Veterinary [1909] -
Year: 1909
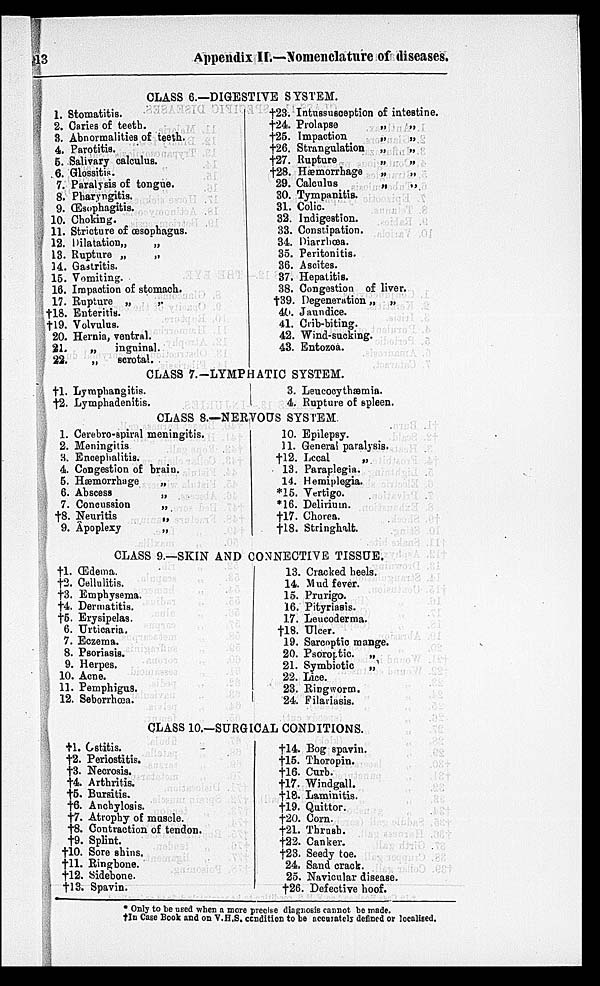
13
Appendix II.—Nomenclature of diseases.
CLASS 6.—DIGESTIVE SYSTEM.
1.
2.
3.
4.
5.
6.
7.
8.
9.
10.
11.
12.
13.
14.
15.
16.
17.
†18.
†19.
20.
21.
22
Stomatitis.
Caries of teeth.
Abnormalities of teeth.
Parotitis.
Salivary calculus.
Glossitis.
Paralysis of tongue.
Pharyngitis.
Œsophagitis.
Choking.
Stricture of oesophagus.
Dilatation„
„
Rupture „
„
Gastritis.
Vomiting.
Impaction of stomach.
Rupture „
„
Enteritis.
Volvulus.
Hernia, ventral.
„
inguinal.
„
scrotal.
†23.
†24.
†25.
†26.
†27.
†28.
29.
30.
31.
32.
33.
34.
35.
36.
37.
38.
†39.
40.
41.
42.
43.
Intussusception of intestine.
Prolapse
„
„
Impaction
„
„
Strangulation
„
„
Rupture
„
„
Hæmorrhage
„
„
Calculus
„
„
Tympanitis.
Colic.
Indigestion.
Constipation.
Diarrhœa.
Peritonitis.
Ascites.
Hepatitis.
Congestion of liver.
Degeneration „ „
Jaundice.
Crib-biting.
Wind-sucking.
Entozoa.
CLASS 7.-LYMPHATIC SYSTEM.
†1.
†2.
Lymphangitis.
Lymphadenitis.
3.
4.
Leucocythæmia.
Rupture of spleen.
CLASS 8.—NERVOUS SYSTEM
1.
2.
3.
4.
5.
6.
7.
†8.
9.
Cerebro-spiral meningitis.
Meningitis
Encephalitis.
Congestion of brain.
Hæmorrhage
„
Abscess
„
Concussion
„
Neuritis
„
Apoplexy
„
10.
11.
†12.
13.
14.
*15.
*16.
†17.
†18.
Epilepsy.
General paralysis.
Local
„
Paraplegia.
Hemiplegia.
Vertigo.
Delirium.
Chorea.
Stringhalt.
CLASS 9.—SKIN AND CONNECTIVE TISSUE.
†1.
†2.
†3. †4.
†5.
6.
7.
8.
9.
10.
11.
12.
Œdema.
Cellulitis.
Emphysema.
Dermatitis.
Erysipelas.
Urticaria.
Eczema.
Psoriasis.
Herpes.
Acne.
Pemphigus.
Seborrhœa.
13.
14.
15.
16.
17.
†18.
19.
20.
21.
22.
23.
24.
Cracked heels.
Mud fever.
Prurigo.
Pityriasis.
Leucoderma.
Ulcer.
Sarcoptio mange.
Psoroptic. „
Symbiotic
„
Lice.
Ringworm.
Filariasis.
CLASS 10.-SURGICAL CONDITIONS.
†1.
†2.
†3.
†4.
†5.
†6.
†7.
†8.
†9.
†10.
†11.
†12.
†13.
Ostitis.
Periostitis.
Necrosis.
Arthritis.
Bursitis.
Anchylosis.
Atrophy of muscle.
Contraction of tendon.
Splint.
Sore shins.
Ringbone.
Sidebone.
Spavin.
†14.
†15.
†16.
†17.
†18.
†19.
†20.
†21.
†22.
†23.
24.
25.
†26.
Bog spavin.
Thoropin.
Curb.
Windgall.
Laminitis.
Quittor.
Corn.
Thrush.
Canker.
Seedy toe.
Sand crack.
Navicular disease.
Defective hoof.
* Only to be used when a more precise diagnosis cannot be made.
†In Case Book and on V.H.S. condition to be accurately defined or localised.